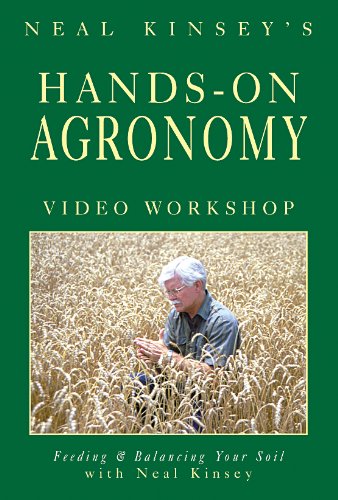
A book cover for Hands-On Agronomy Video Workshop DVD: Feeding & Balancing Your Soil; Neal Kinsey; Science & Math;